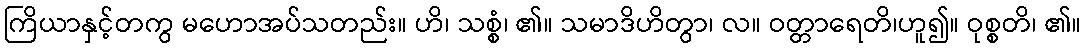
ကြိယာနှင့်တကွ မဟောအပ်သတည်း။ ဟိ၊ သစ္စံ၊ ၏။ သမာဒိဟိတွာ၊ လ။ ဝတ္တာရေတိ၊ဟူ၍။ ဝုစ္စတိ၊ ၏။